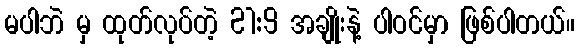
မပါဘဲ မှ ထုတ်လုပ်တဲ့ 21:9 အချိုးနဲ့ ပါဝင်မှာ ဖြစ်ပါတယ်။